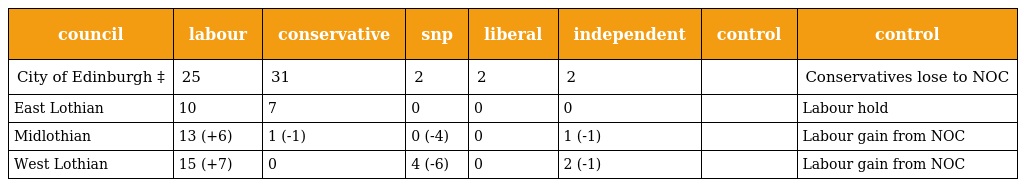
| council | labour | conservative | snp | liberal | independent | control | control |
 | --- | --- | --- | --- | --- | --- | --- | --- |
 | City of Edinburgh ‡ | 25 | 31 | 2 | 2 | 2 |  | Conservatives lose to NOC |
 | East Lothian | 10 | 7 | 0 | 0 | 0 |  | Labour hold |
 | Midlothian | 13 (+6) | 1 (-1) | 0 (-4) | 0 | 1 (-1) |  | Labour gain from NOC |
 | West Lothian | 15 (+7) | 0 | 4 (-6) | 0 | 2 (-1) |  | Labour gain from NOC |